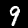
Label: 9